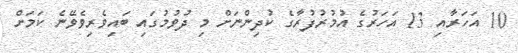
10 އަހަރާއި 13 އަހަރުގެ އުމުރުފުރާގެ ކުދިންނަށް މި ދުވުމުގައި ބައިވެރިވެވޭނެ ކަމަށް